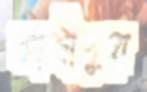
কাজীপুরে